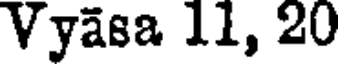
Vyasa 11, 20